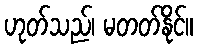
ဟုတ်သည်၊ မတတ်နိုင်။